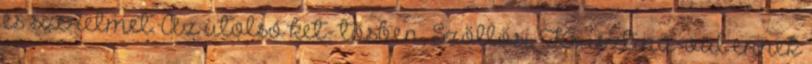
és szerelmet. Az utolsó ket- tősben, Szőllősi Krisztiná-val ennek